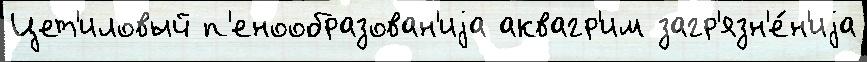
Цет'иловый п'енообразован'иjа аквагр'им загр'язн'е́н'иjа